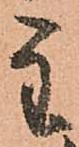
主